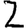
Digit: 2